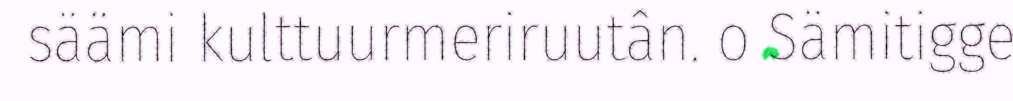
säämi kulttuurmeriruutân. o Sämitigge